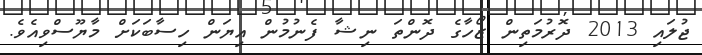
ޖުލައި 2013 ދޮރުމަތިން ޒޯހާގެ ދޮންތަ ނިޝާ ފެނުމުން އިޔަން ހިސާބަކަށް މާޔޫސްވިއެވެ.